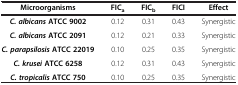
<table><thead><tr><td><b>Microorganisms</b></td><td><b>FIC<sub>a</sub></b></td><td><b>FIC<sub>b</sub></b></td><td><b>FICI</b></td><td><b>Effect</b></td></tr></thead><tbody><tr><td><b><i>C. albicans</i></b><b>ATCC 9002</b></td><td>0.12</td><td>0.31</td><td>0.43</td><td>Synergistic</td></tr><tr><td><b><i>C. albicans</i></b><b>ATCC 2091</b></td><td>0.12</td><td>0.21</td><td>0.33</td><td>Synergistic</td></tr><tr><td><b><i>C. parapsilosis</i></b><b>ATCC 22019</b></td><td>0.10</td><td>0.25</td><td>0.35</td><td>Synergistic</td></tr><tr><td><b><i>C. krusei</i></b><b>ATCC 6258</b></td><td>0.12</td><td>0.31</td><td>0.43</td><td>Synergistic</td></tr><tr><td><b><i>C. tropicalis</i></b><b>ATCC 750</b></td><td>0.10</td><td>0.25</td><td>0.35</td><td>Synergistic</td></tr></tbody></table>